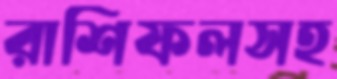
রাশিফলসহ